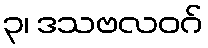
၃၊ ဒသဗလဝဂ်